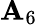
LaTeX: \mathbf{A}_{6}